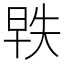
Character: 𬀵